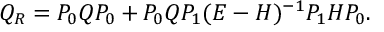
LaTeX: Q _ { R } = P _ { 0 } Q P _ { 0 } + P _ { 0 } Q P _ { 1 } ( E - H ) ^ { - 1 } P _ { 1 } H P _ { 0 } .